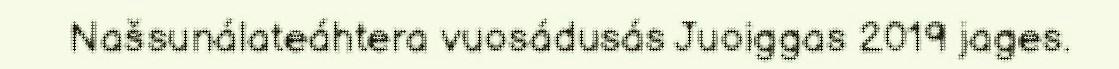
Našsunálateáhtera vuosádusás Juoiggas 2019 jages.